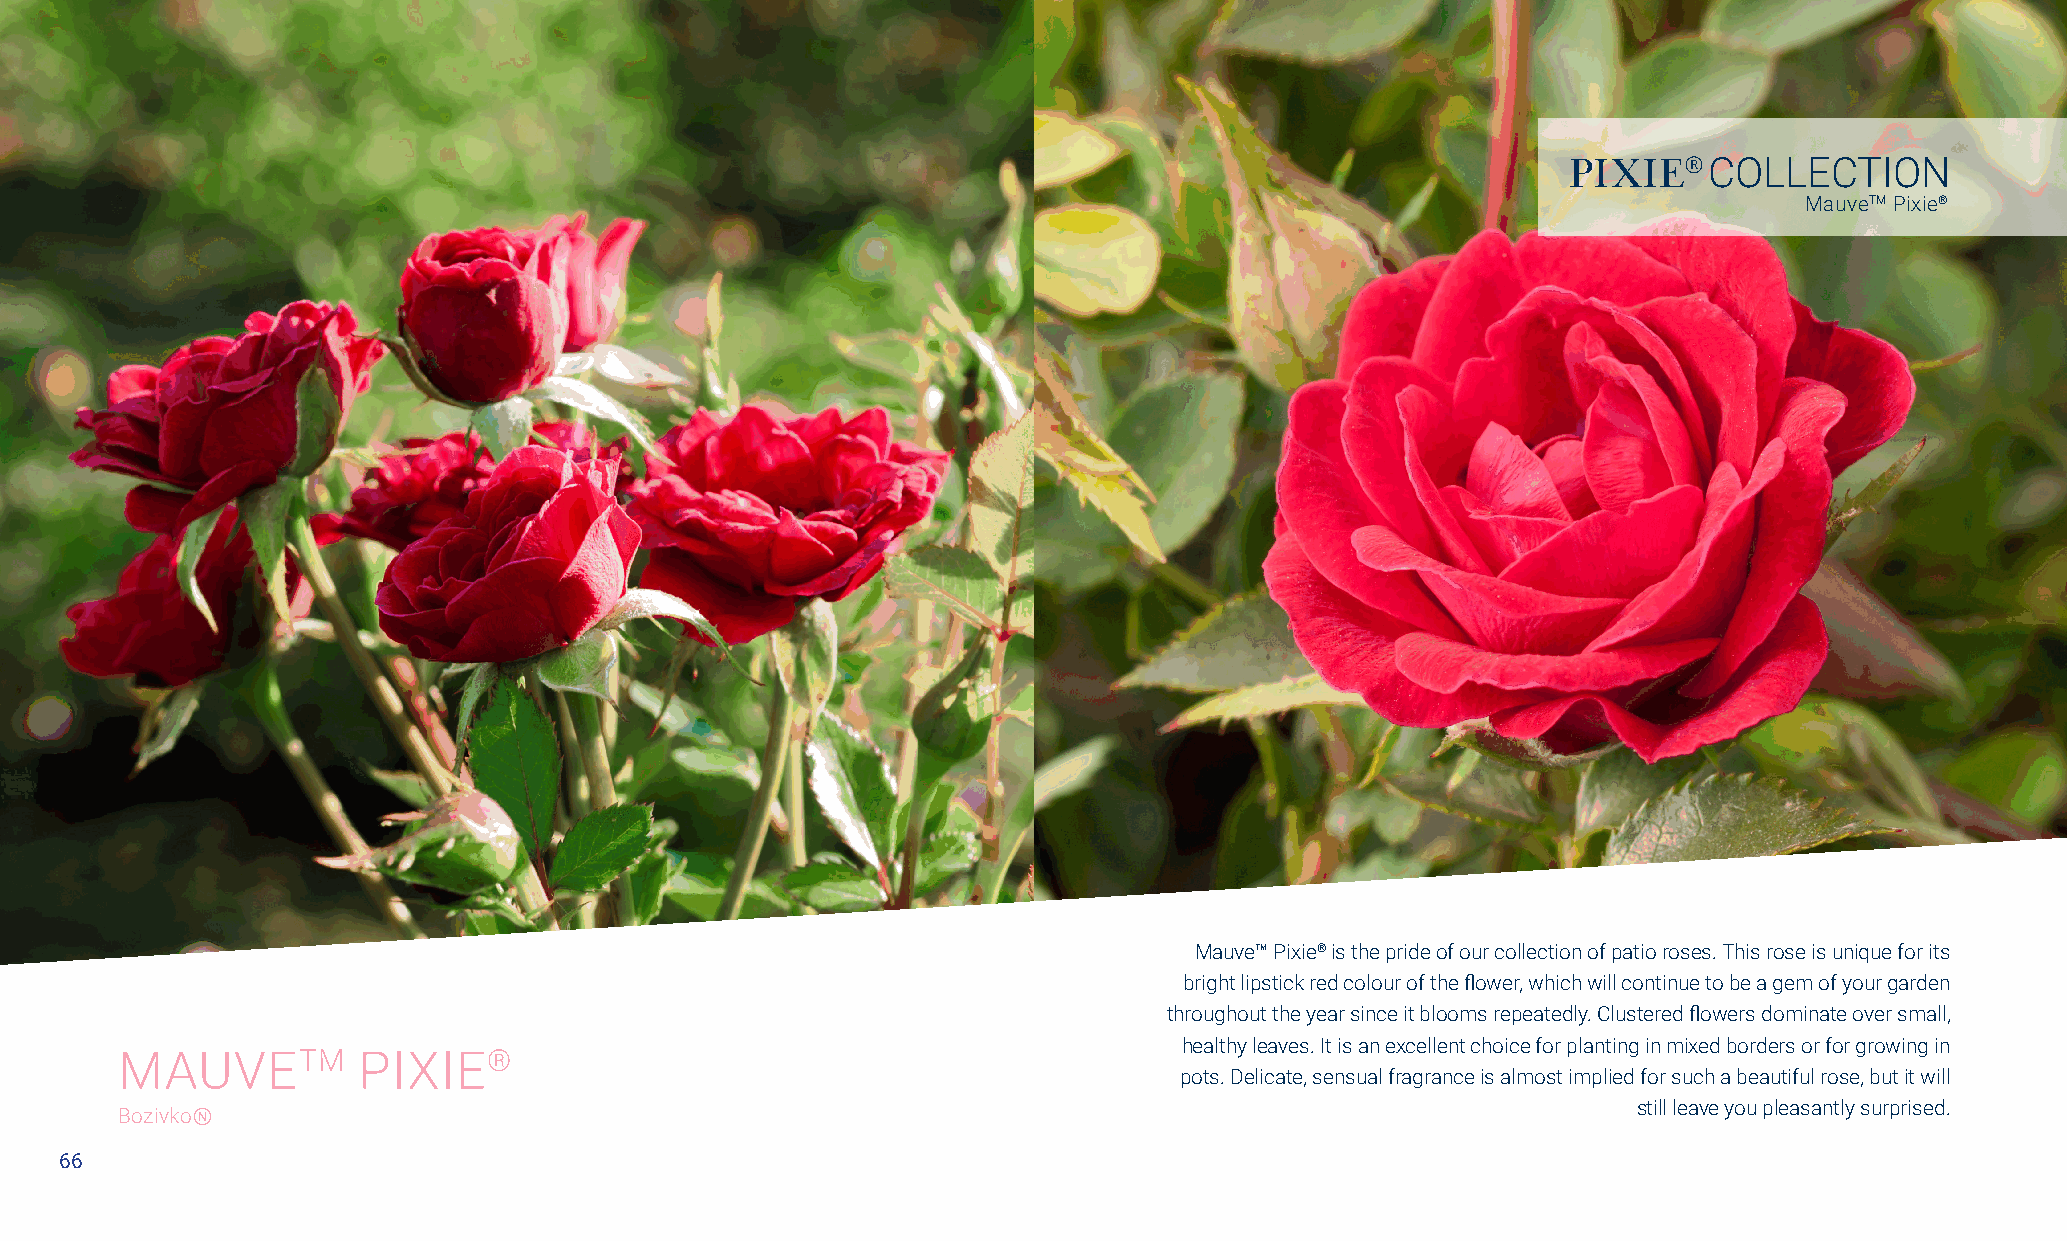
PIXIE®   COLLECTION
 MauveTM Pixie®
 Mauve™ Pixie® is the pride of our collection of patio roses. This rose is unique for its
 bright lipstick red colour of the flower, which will continue to be a gem of your garden
 throughout the year since it blooms repeatedly. Clustered flowers dominate over small,
 healthy leaves. It is an excellent choice for planting in mixed borders or for growing in
 MAUVETM         PIXIE®
 pots. Delicate, sensual fragrance is almost implied for such a beautiful rose, but it will
 still leave you pleasantly surprised.
 BozivkoⓃ
 66